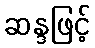
ဆန္ဒဖြင့်